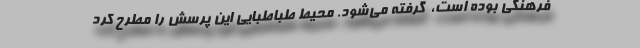
فرهنگی بوده است، ‌ گرفته می‌شود. محیط طباطبایی این پرسش را مطرح کرد